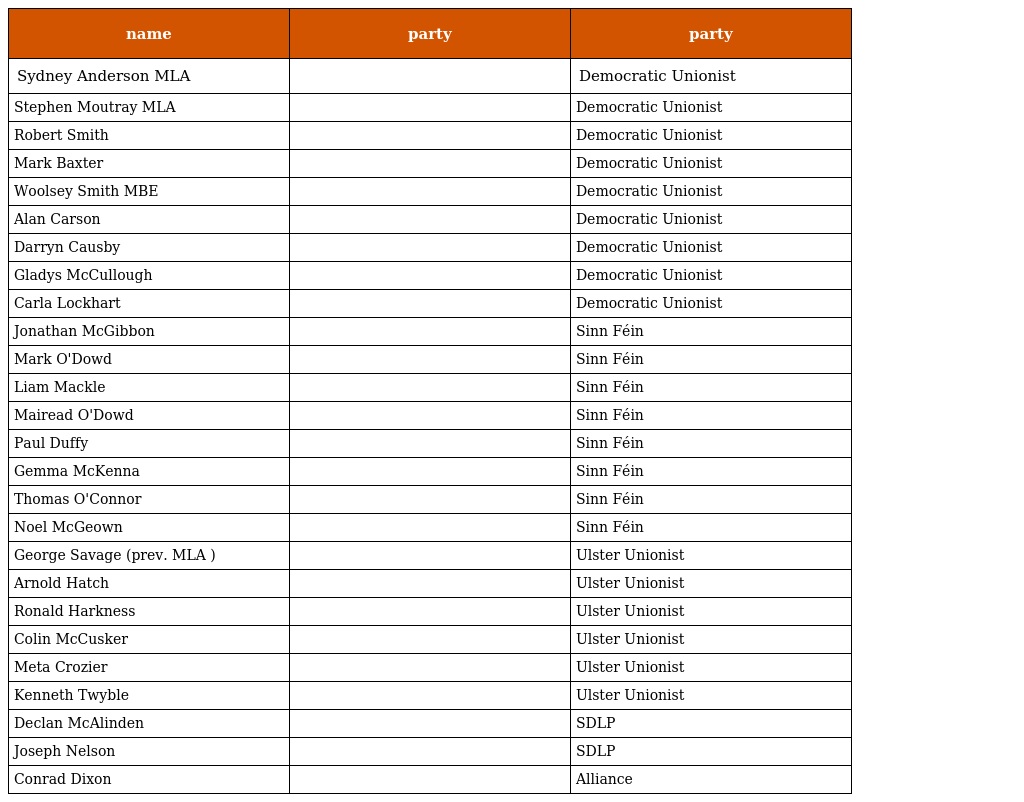
| name | party | party |
 | --- | --- | --- |
 | Sydney Anderson MLA |  | Democratic Unionist |
 | Stephen Moutray MLA |  | Democratic Unionist |
 | Robert Smith |  | Democratic Unionist |
 | Mark Baxter |  | Democratic Unionist |
 | Woolsey Smith MBE |  | Democratic Unionist |
 | Alan Carson |  | Democratic Unionist |
 | Darryn Causby |  | Democratic Unionist |
 | Gladys McCullough |  | Democratic Unionist |
 | Carla Lockhart |  | Democratic Unionist |
 | Jonathan McGibbon |  | Sinn Féin |
 | Mark O'Dowd |  | Sinn Féin |
 | Liam Mackle |  | Sinn Féin |
 | Mairead O'Dowd |  | Sinn Féin |
 | Paul Duffy |  | Sinn Féin |
 | Gemma McKenna |  | Sinn Féin |
 | Thomas O'Connor |  | Sinn Féin |
 | Noel McGeown |  | Sinn Féin |
 | George Savage (prev. MLA ) |  | Ulster Unionist |
 | Arnold Hatch |  | Ulster Unionist |
 | Ronald Harkness |  | Ulster Unionist |
 | Colin McCusker |  | Ulster Unionist |
 | Meta Crozier |  | Ulster Unionist |
 | Kenneth Twyble |  | Ulster Unionist |
 | Declan McAlinden |  | SDLP |
 | Joseph Nelson |  | SDLP |
 | Conrad Dixon |  | Alliance |